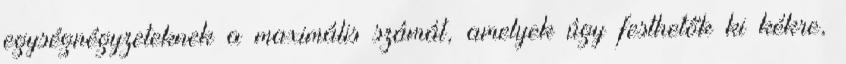
egységnégyzeteknek a maximális számát, amelyek úgy festhetők ki kékre,